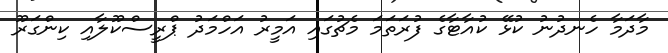
މާދަމާ ހެނދުނު ކުޅޭ ކުއާޓާގެ ފުރަތަމަ މެޗުގައި އަމީރު އަހްމަދު ޕްރީސްކޫލާއި ކިންގަރޫ